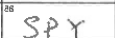
Transcription: SPY